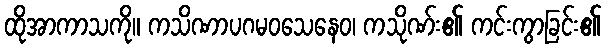
ထိုအာကာသကို။ ကသိဏာပဂမဝသေနေဝ၊ ကသိုဏ်း၏ ကင်းကွာခြင်း၏